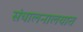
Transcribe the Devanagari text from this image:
संचालनालयात